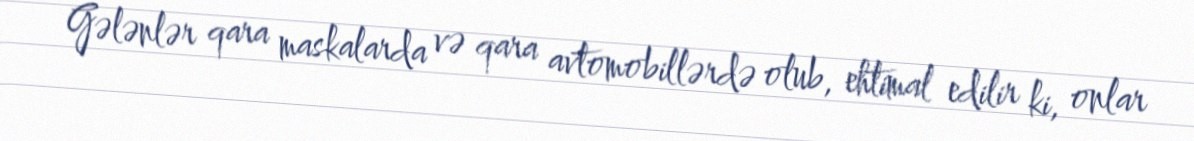
Gələnlər qara maskalarda və qara avtomobillərdə olub, ehtimal edilir ki, onlar